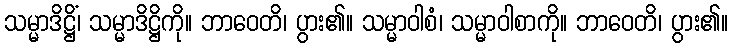
သမ္မာဒိဋ္ဌိံ၊ သမ္မာဒိဋ္ဌိကို။ ဘာဝေတိ၊ ပွား၏။ သမ္မာဝါစံ၊ သမ္မာဝါစာကို။ ဘာဝေတိ၊ ပွား၏။